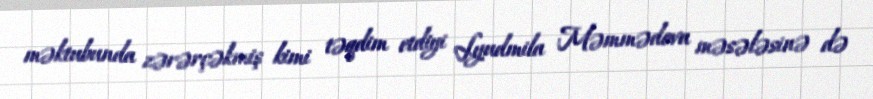
məktubunda zərərçəkmiş kimi təqdim etdiyi Lyudmila Məmmədova məsələsinə də